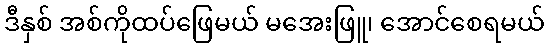
ဒီနှစ် အစ်ကိုထပ်ဖြေမယ် မအေးဖြူ၊ အောင်စေရမယ်